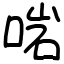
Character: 啱